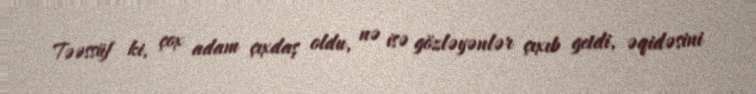
Təəssüf ki, çox adam çıxdaş oldu, nə isə gözləyənlər çıxıb getdi, əqidəsini